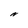
Character: N